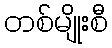
တစ်မျိုးစီ